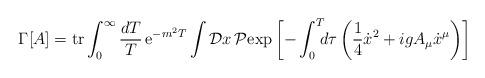
LaTeX: \begin{align*}\Gamma\lbrack A\rbrack = {\rm tr}\int_0^{\infty}{dT\over T} \, {\rm e}^{-m^2T}\int {\cal D}x\, {\cal P}{\rm exp} \left[ - \int_0^T \!\!\! d\tau \left( {1\over 4}{\dot x}^2 + igA_{\mu}\dot x^{\mu} \right) \right]\end{align*}